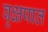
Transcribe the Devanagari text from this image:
वृक्षपात